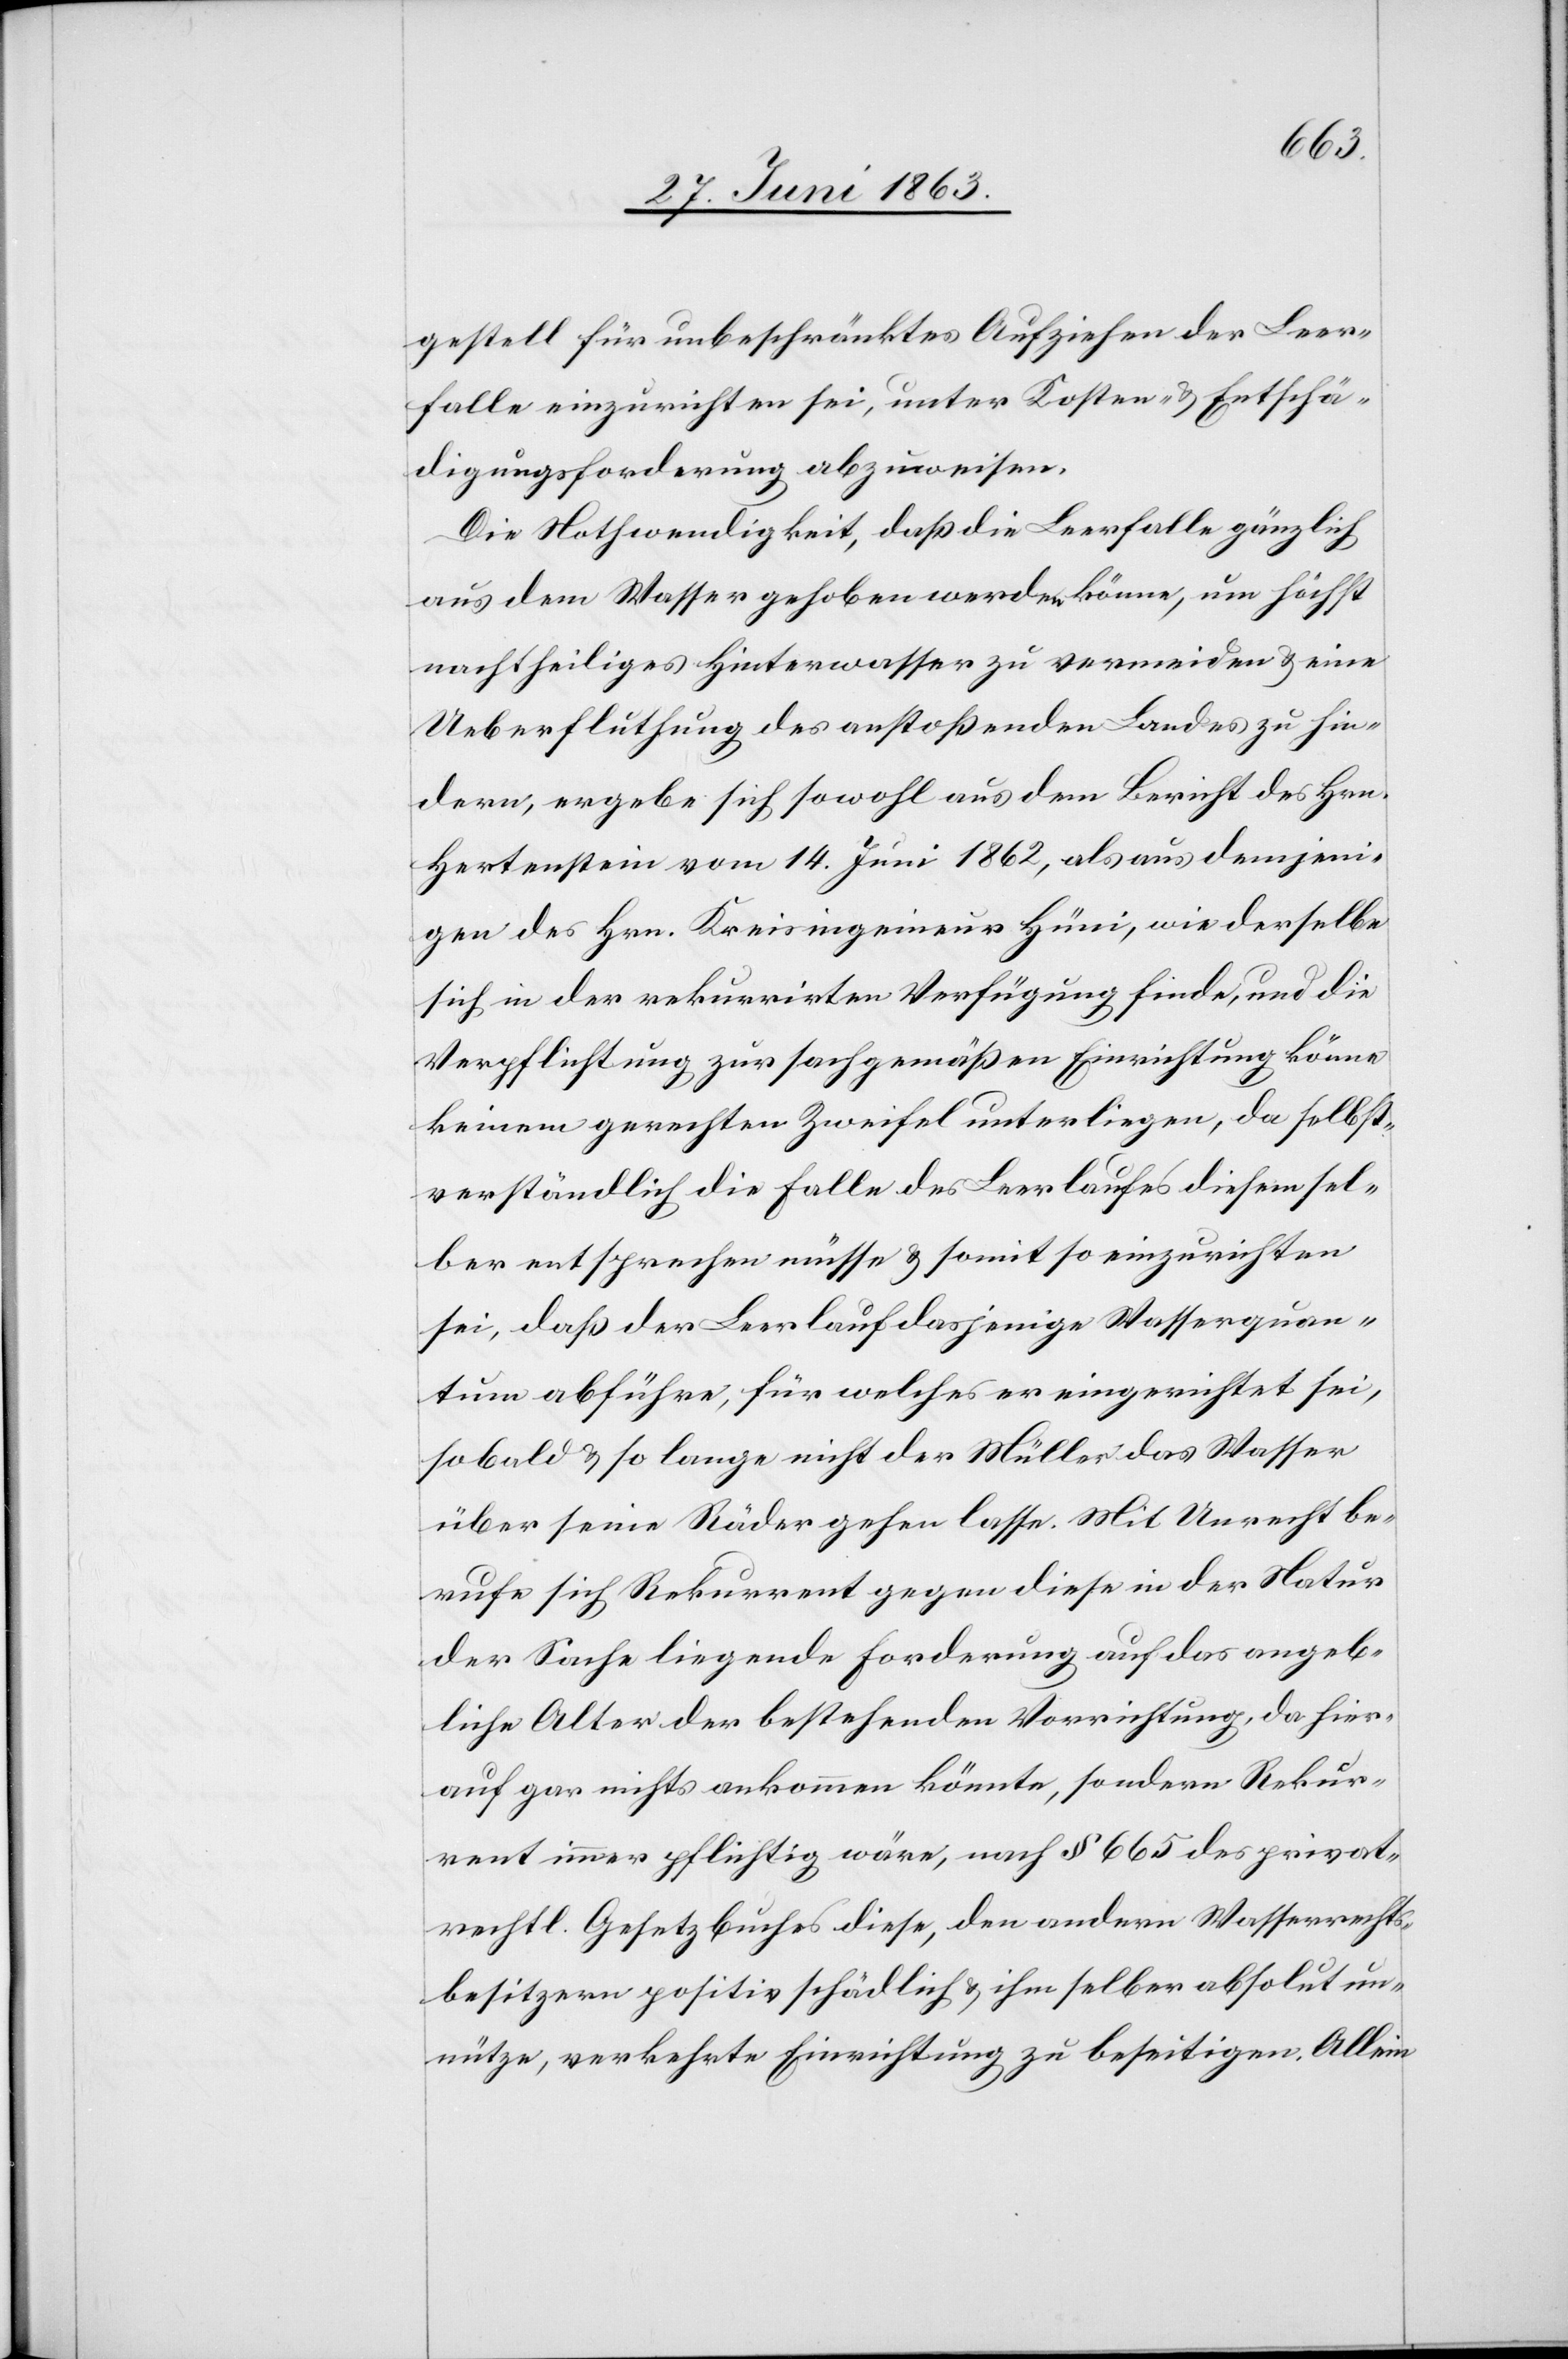
gestell für unbeschränktes Aufziehen der Leer¬
falle einzurichten sei, unter Kosten- & Entschä¬
digungsforderung abzuweisen.
Die Nothwendigkeit, daß die Leerfalle gänzlich
aus dem Wasser gehoben werden könne, um höchst
nachtheiliges Hinterwasser zu vermeiden & eine
Ueberfluthung des anstoßenden Landes zu hin¬
dern, ergebe sich sowohl aus dem Bericht des Hrn.
Hertenstein vom 14. Juni 1862, als aus demjeni¬
gen des Hrn. Kreisingenieur Hüni, wie derselbe
sich in der rekurrirten Verfügung finde, und die
Verpflichtung zur sachgemäßen Einrichtung könne
keinem gerechten Zweifel unterliegen, da selbst¬
verständlich die Falle des Leerlaufes diesem sel¬
ber entsprechen müsse & somit so einzurichten
sei, daß der Leerlauf dasjenige Wasserquan¬
tum abführe, für welches er eingerichtet sei,
sobald & so lange nicht der Müller das Wasser
über seine Räder gehen lasse. Mit Unrecht be¬
rufe sich Rekurrent gegen diese in der Natur
der Sache liegende Forderung auf das angeb¬
liche Alter der bestehenden Vorrichtung, da hier¬
auf gar nichts ankommen könnte, sondern Rekur¬
rent immer pflichtig wäre, nach § 665 des privat¬
rechtl. Gesetzbuches diese, den andern Wasserrechts¬
besitzern positiv schädlich & ihm selber absolut un¬
nütze, verkehrte Einrichtung zu beseitigen. Allein